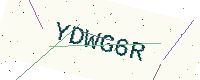
Text: YDWG6R